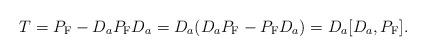
LaTeX: \begin{align*}T=P_{\rm F}-D_aP_{\rm F}D_a=D_a(D_aP_{\rm F}-P_{\rm F}D_a)=D_a[D_a,P_{\rm F}].\end{align*}